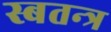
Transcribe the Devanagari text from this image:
स्बतन्त्र